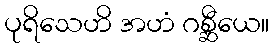
ပုရိသေဟိ အဟံ ဂစ္ဆီယေ။